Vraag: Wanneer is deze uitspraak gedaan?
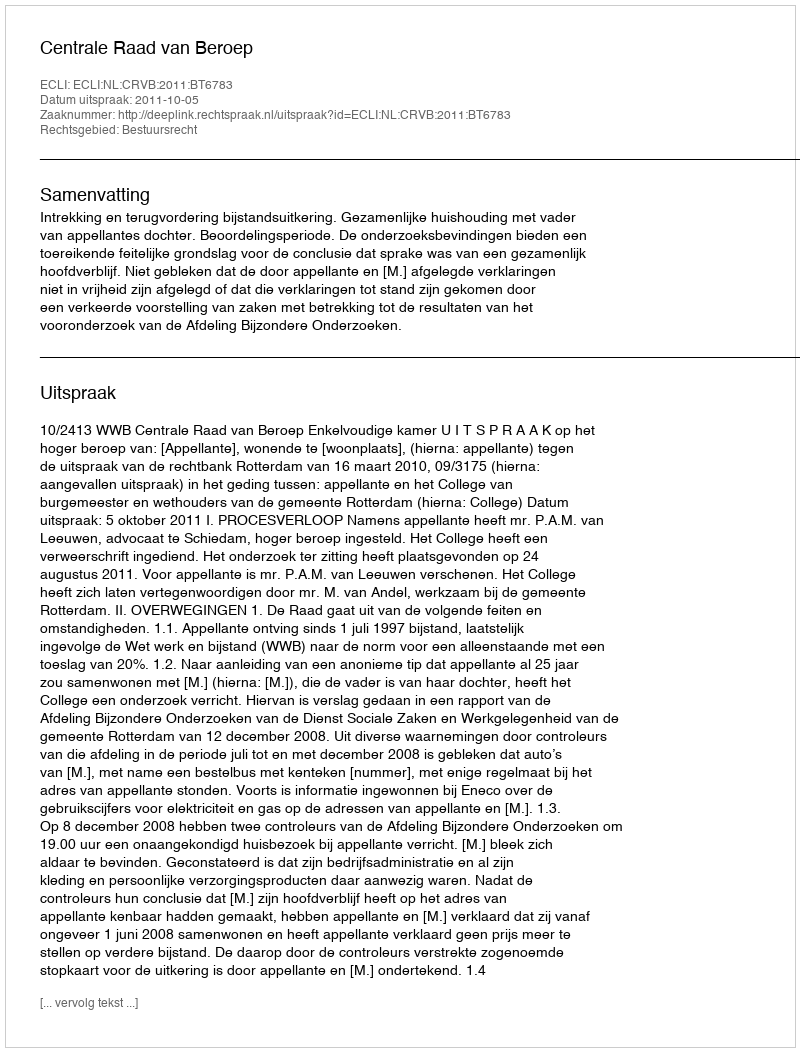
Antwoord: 2011-10-05